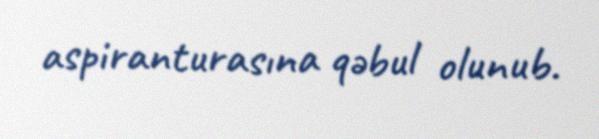
aspiranturasına qəbul olunub.